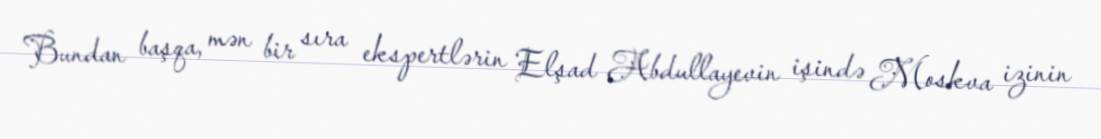
Bundan başqa, mən bir sıra ekspertlərin Elşad Abdullayevin işində Moskva izinin